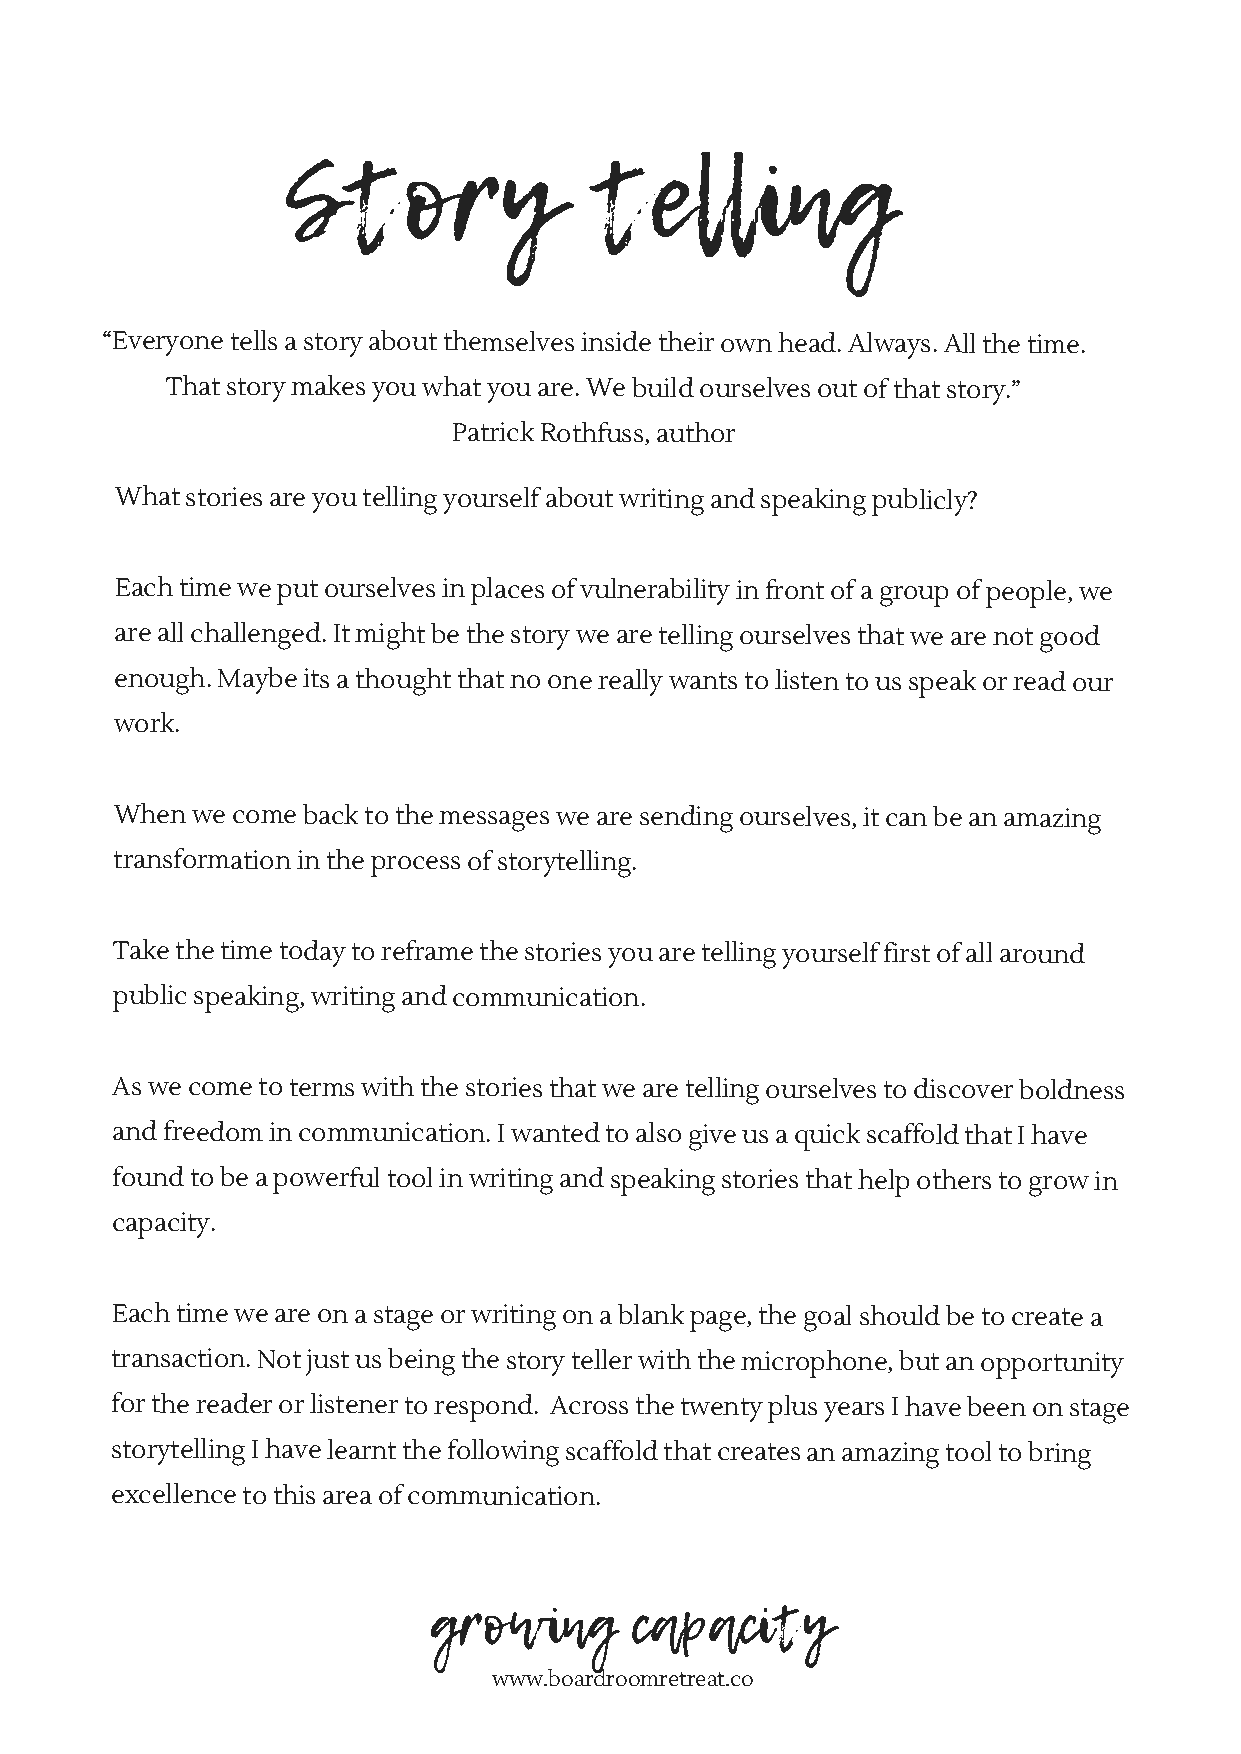
Story               telling
 “Everyone tells a story about themselves inside their own head. Always. All the time.
 That story makes you what you are. We build ourselves out of that story.”
 Patrick Rothfuss, author
 What stories are you telling yourself about writing and speaking publicly?
 Each time we put ourselves in places of vulnerability in front of a group of people, we
 are all challenged. It might be the story we are telling ourselves that we are not good
 enough. Maybe its a thought that no one really wants to listen to us speak or read our
 work.
 When we come back to the messages we are sending ourselves, it can be an amazing
 transformation in the process of storytelling.
 Take the time today to reframe the stories you are telling yourself first of all around
 public speaking, writing and communication.
 As we come to terms with the stories that we are telling ourselves to discover boldness
 and freedom in communication. I wanted to also give us a quick scaffold that I have
 found to be a powerful tool in writing and speaking stories that help others to grow in
 capacity.
 Each time we are on a stage or writing on a blank page, the goal should be to create a
 transaction. Not just us being the story teller with the microphone, but an opportunity
 for the reader or listener to respond. Across the twenty plus years I have been on stage
 storytelling I have learnt the following scaffold that creates an amazing tool to bring
 excellence to this area of communication.
 growing       capacity
 www.boardroomretreat.co